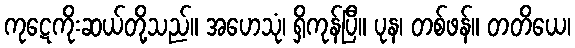
ကုဋေကိုးဆယ်တို့သည်။ အဟေသုံ၊ ရှိကုန်ပြီ။ ပုန၊ တစ်ဖန်။ တတိယေ၊